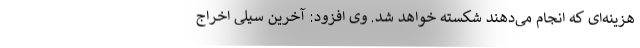
هزینه‌ای که انجام می‌دهند شکسته خواهد شد. وی افزود: آخرین سیلی اخراج